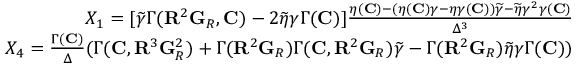
\begin{array} { r } { X _ { 1 } = [ \widetilde { \gamma } \Gamma ( { \mathbf { R } } ^ { 2 } { \mathbf { G } } _ { R } , { \mathbf { C } } ) - 2 \widetilde { \eta } \gamma \Gamma ( { \mathbf { C } } ) ] \frac { \eta ( { \mathbf { C } } ) - ( \eta ( { \mathbf { C } } ) \gamma - \eta \gamma ( { \mathbf { C } } ) ) \widetilde { \gamma } - \widetilde { \eta } \gamma ^ { 2 } \gamma ( { \mathbf { C } } ) } { \Delta ^ { 3 } } } \\ { X _ { 4 } = \frac { \Gamma ( { \mathbf { C } } ) } { \Delta } ( \Gamma ( { \mathbf { C } } , { \mathbf { R } } ^ { 3 } { \mathbf { G } } _ { R } ^ { 2 } ) + \Gamma ( { \mathbf { R } } ^ { 2 } { \mathbf { G } } _ { R } ) \Gamma ( { \mathbf { C } } , { \mathbf { R } } ^ { 2 } { \mathbf { G } } _ { R } ) \widetilde { \gamma } - \Gamma ( { \mathbf { R } } ^ { 2 } { \mathbf { G } } _ { R } ) \widetilde { \eta } \gamma \Gamma ( { \mathbf { C } } ) ) } \end{array}